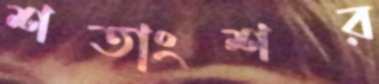
শতাংশর